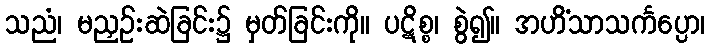
သညံ၊ မညှဉ်းဆဲခြင်း၌ မှတ်ခြင်းကို။ ပဋိစ္စ၊ စွဲ၍။ အဟိံသာသင်္ကပ္ပော၊